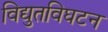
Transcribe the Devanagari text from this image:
विद्युतविघटन